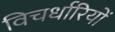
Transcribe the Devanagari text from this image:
विचर्धारियों